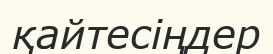
қайтесіңдер